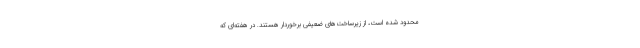
محدود شده است، از زیرساخت‌های ضعیفی برخوردار هستند. در هفته‌ای که